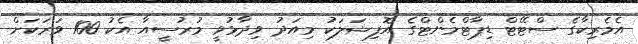
އެމެރިކާގެ ސްޓޭޓް ޑިޕާޓްމެންޓްގެ އޮފިޝަލަކު މިއަދު ވިދާޅުވީ މުރުސީއާ އެކު 100 ވަރަކަށް